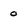
Character: 0